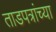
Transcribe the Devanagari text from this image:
ताडपत्रांच्या